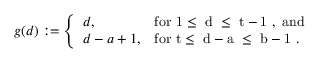
g ( d ) : = \left\{ \begin{array} { l l } { { d , } } & { { \mathrm { f o r ~ 1 \leq ~ d ~ \leq ~ t - 1 ~ , ~ a n d } } } \\ { { d - a + 1 , } } & { { \mathrm { f o r ~ t \leq ~ d - a ~ \leq ~ b - 1 ~ } . } } \end{array} \right.